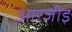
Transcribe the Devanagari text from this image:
आरजीइ